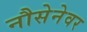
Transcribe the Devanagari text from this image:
नौसेनेवर